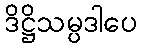
ဒိဋ္ဌိသမ္ပဒါပေ